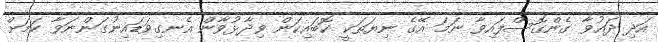
އަދި ދައުވާ ގެންގޮސްފައިވާ ނަމަ އޭގެ ނިޔަތަކީ ކޮބައިކަން ވިދާޅުވާން އެނގިވަޑައިނުގަންނަވާ ކަމަށް